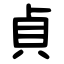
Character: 貞